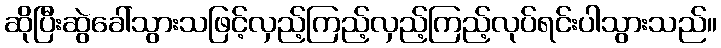
ဆိုပြီးဆွဲခေါ်သွားသဖြင့်လှည့်ကြည့်လှည့်ကြည့်လုပ်ရင်းပါသွားသည်။